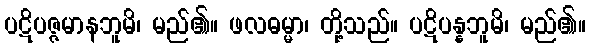
ပဋိပဇ္ဇမာနဘူမိ၊ မည်၏။ ဖလဓမ္မာ၊ တို့သည်။ ပဋိပန္နဘူမိ၊ မည်၏။